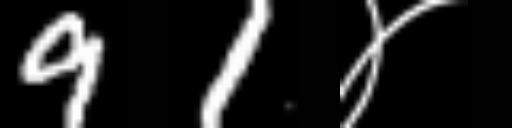
Text: 91४